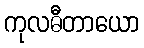
ကုလဓီတာယော